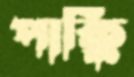
পাক্কি